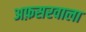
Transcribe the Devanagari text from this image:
अफ़सरवाला